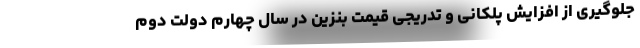
جلوگیری از افزایش پلکانی و تدریجی قیمت بنزین در سال چهارم دولت دوم